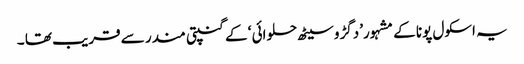
یہ اسکول پونا کے مشہور’دگڑو سیٹھ حلوائی ‘ کے گنپتی مندر سے قریب تھا ۔